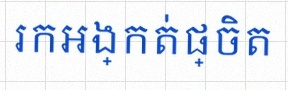
រកអង្កត់ផ្ចិត